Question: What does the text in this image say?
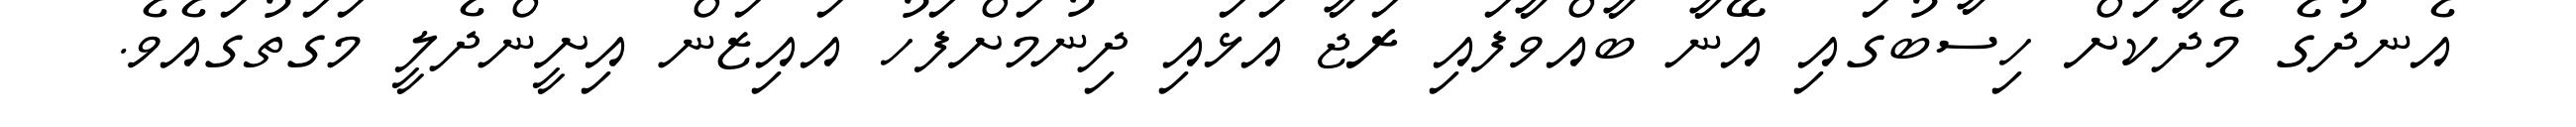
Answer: އެނދުގެ މެދާކަށް ހިސާބުގައި އޭނާ ބާއްވާފައި ރަޖާ އަޅައި ދިނުމަށްފަހު އައިޒަން އިށީންދެލީ މަގަތުގައެވެ.